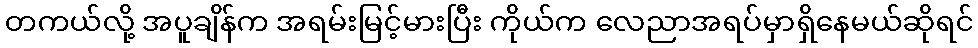
တကယ်လို့ အပူချိန်က အရမ်းမြင့်မားပြီး ကိုယ်က လေညာအရပ်မှာရှိနေမယ်ဆိုရင်